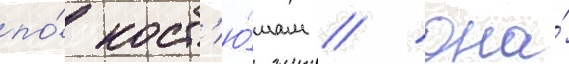
по́ кост'ю́мам // Она́